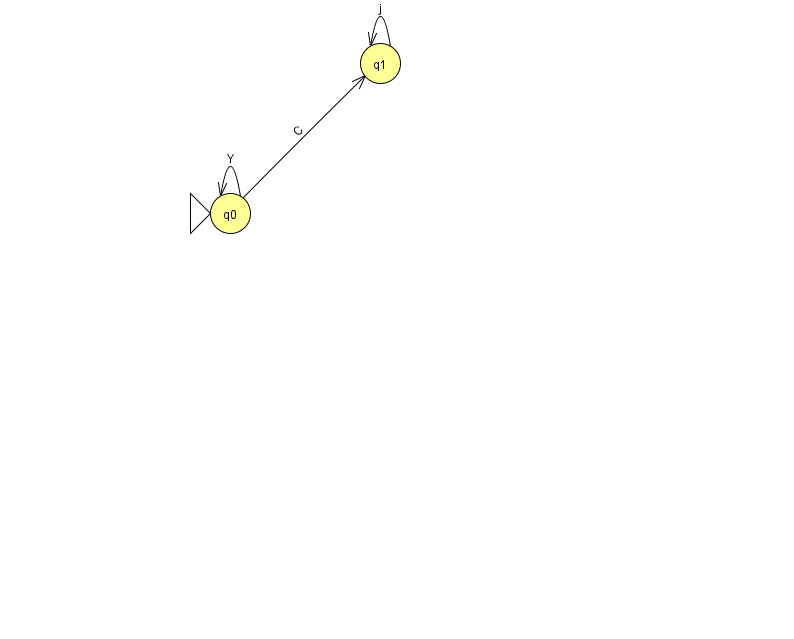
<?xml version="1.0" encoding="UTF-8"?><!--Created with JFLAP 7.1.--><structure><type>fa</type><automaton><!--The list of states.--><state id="0" name="q0"><x>230.0</x><y>200.0</y><initial/></state><state id="1" name="q1"><x>380.0</x><y>50.0</y></state><!--The list of transitions.--><transition><from>0</from><to>0</to><read>Y</read></transition><transition><from>1</from><to>1</to><read>j</read></transition><transition><from>0</from><to>1</to><read>C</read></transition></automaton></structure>